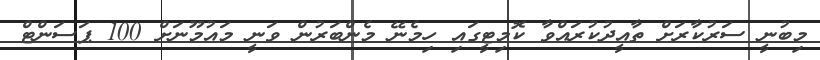
މިބުނީ ސަރުކާރަށް ތާއީދުކުރައްވާ ކޮމިޓީގައި ހިމެނޭ މެންބަރުން ވަނީ މައުމޫނަަށް 100 ޕަސަންޓް